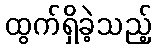
ထွက်ရှိခဲ့သည့်